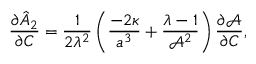
\frac { \partial \hat { A } _ { 2 } } { \partial C } = \frac { 1 } { 2 \lambda ^ { 2 } } \left( \frac { - 2 \kappa } { a ^ { 3 } } + \frac { \lambda - 1 } { \mathcal { A } ^ { 2 } } \right) \frac { \partial \mathcal { A } } { \partial C } ,